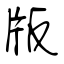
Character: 版